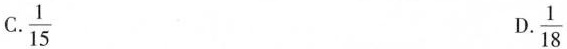
C.\frac{1}{15} D.\frac{1}{18}